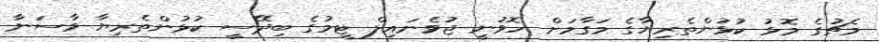
މެޗުގެ މޮޅު ކުޅުންތެރިޔާގެ މަގާމަށް ހޮވުނީ ޖުވެނައިލް ޓީމުގެ ބިދޭސީ ކުޅުންތެރިޔާ ވާސަނާ